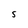
Character: 5